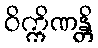
ဝိက္ကိဏန္တိ